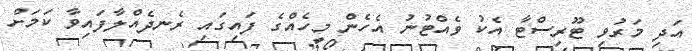
އަދި މަރުވި ޓޫރިސްޓާ އެކު ވެއްޓުނު އެހެން މީހެއްގެ ފައިގައި ރެނދެއްލާފައިވާ ކަމަށް